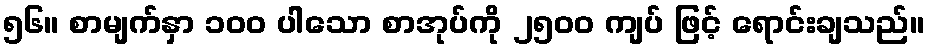
၅၆။ စာမျက်နှာ ၁၀၀ ပါသော စာအုပ်ကို ၂၅၀၀ ကျပ် ဖြင့် ရောင်းချသည်။